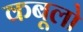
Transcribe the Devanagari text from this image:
कबूलो